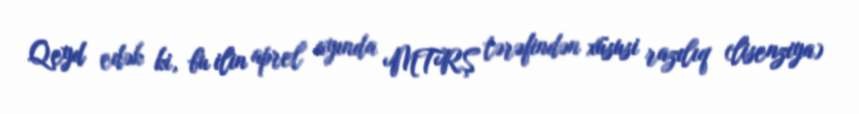
Qeyd edək ki, bu ilin aprel ayında MTRŞ tərəfindən xüsusi razılıq (lisenziya)